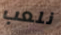
نلعب